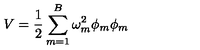
V = \frac { 1 } { 2 } \sum _ { m = 1 } ^ { B } \omega _ { m } ^ { 2 } \phi _ { m } \phi _ { m }